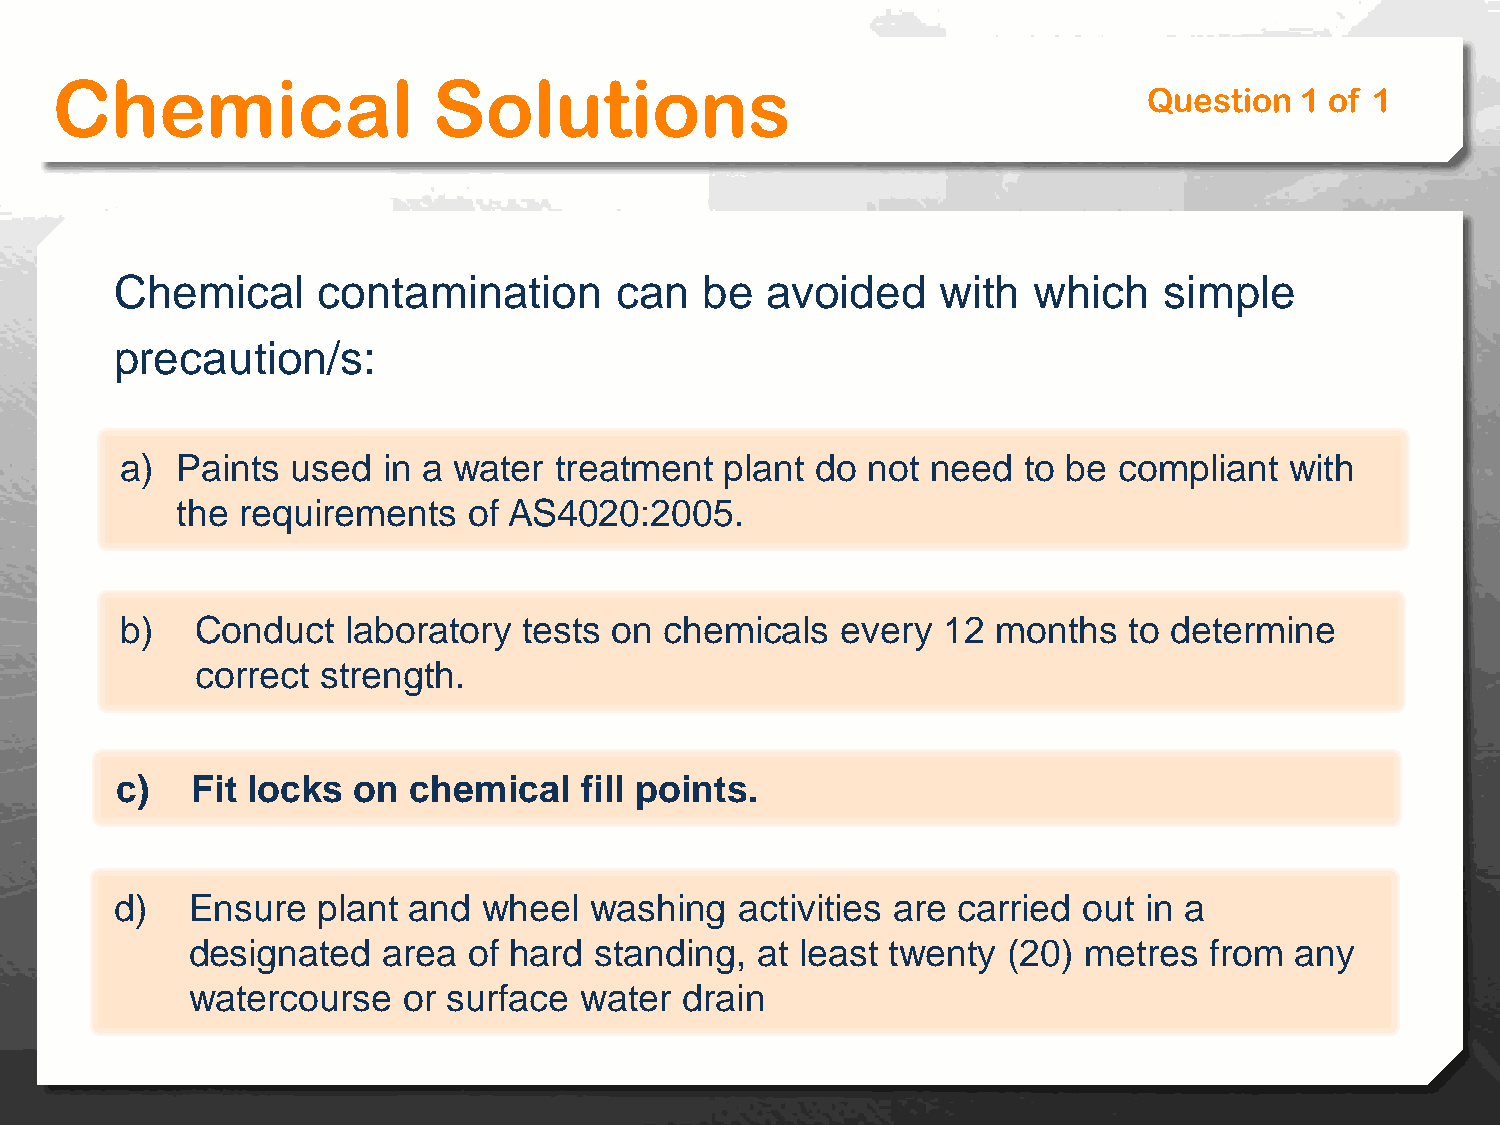
Chemical                  Solutions
 Question  1 of 1
 Chemical     contamination       can  be   avoided    with  which    simple
 precaution/s:
 a)  Paints used  in a water  treatment  plant do not  need  to be compliant  with
 the requirements   of AS4020:2005.
 b)   Conduct   laboratory  tests on chemicals   every 12  months   to determine
 correct strength.
 c)   Fit locks on  chemical   fill points.
 d)  Ensure   plant and  wheel  washing   activities are carried out in a
 designated   area  of hard standing,  at least twenty  (20) metres  from  any
 watercourse    or surface water  drain